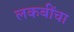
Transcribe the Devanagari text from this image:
लकबींचा